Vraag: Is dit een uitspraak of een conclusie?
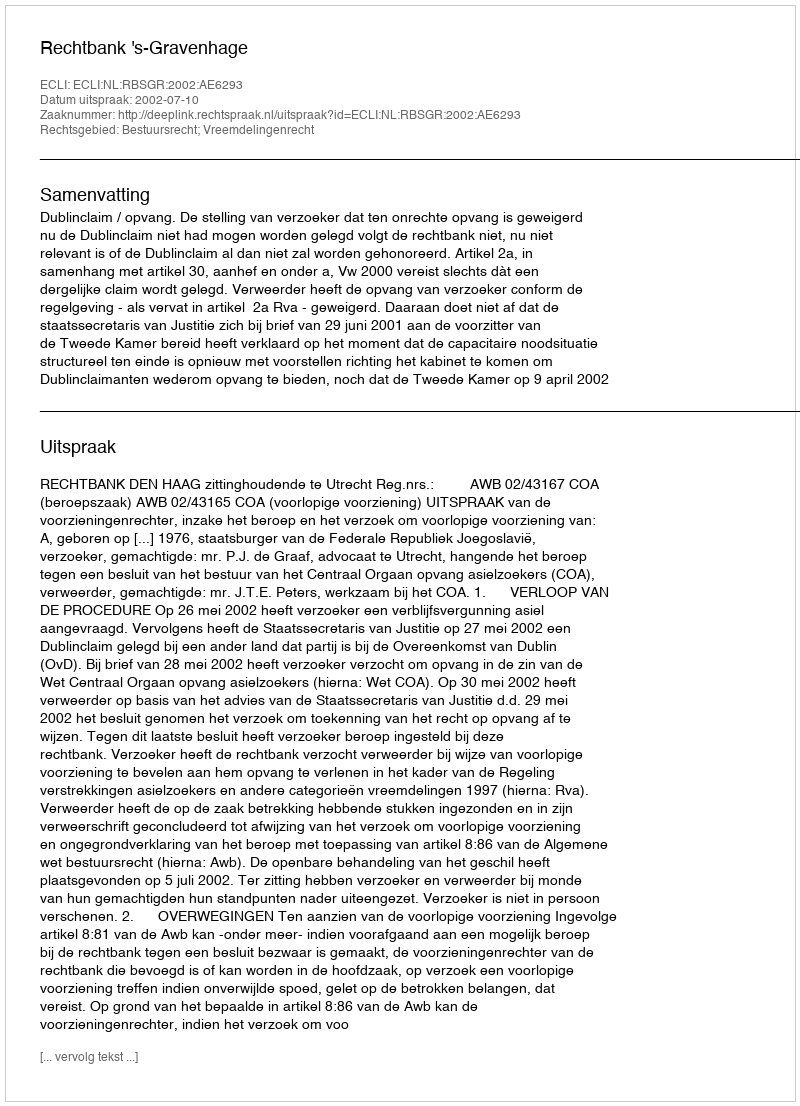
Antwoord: Uitspraak